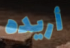
أريده